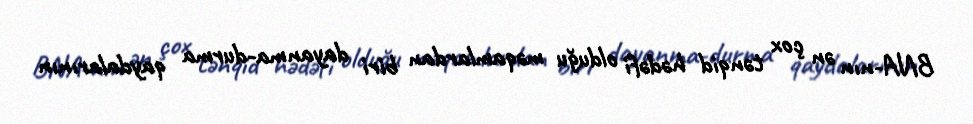
BNA-nın ən çox tənqid hədəfi olduğu məqamlardan biri dayanma-durma qaydalarının